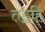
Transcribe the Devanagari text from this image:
तड॒हिं